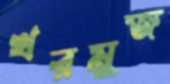
খরমুজ